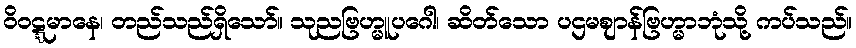
ဝိဝဋ္ဋမာနေ၊ တည်သည်ရှိသော်။ သုညဗြဟ္မူပဂေါ၊ ဆိတ်သော ပဌမဈာန်ဗြဟ္မာဘုံသို့ ကပ်သည်။